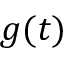
g ( t )